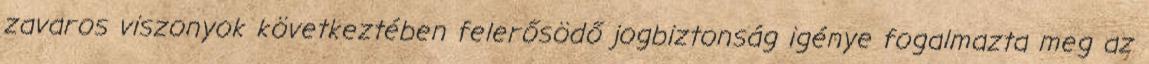
zavaros viszonyok következtében felerősödő jogbiztonság igénye fogalmazta meg az